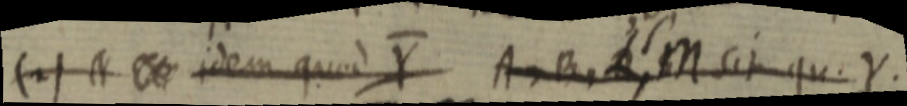
(2) _ idem quae Y A, B, _ M sit qu. Y.